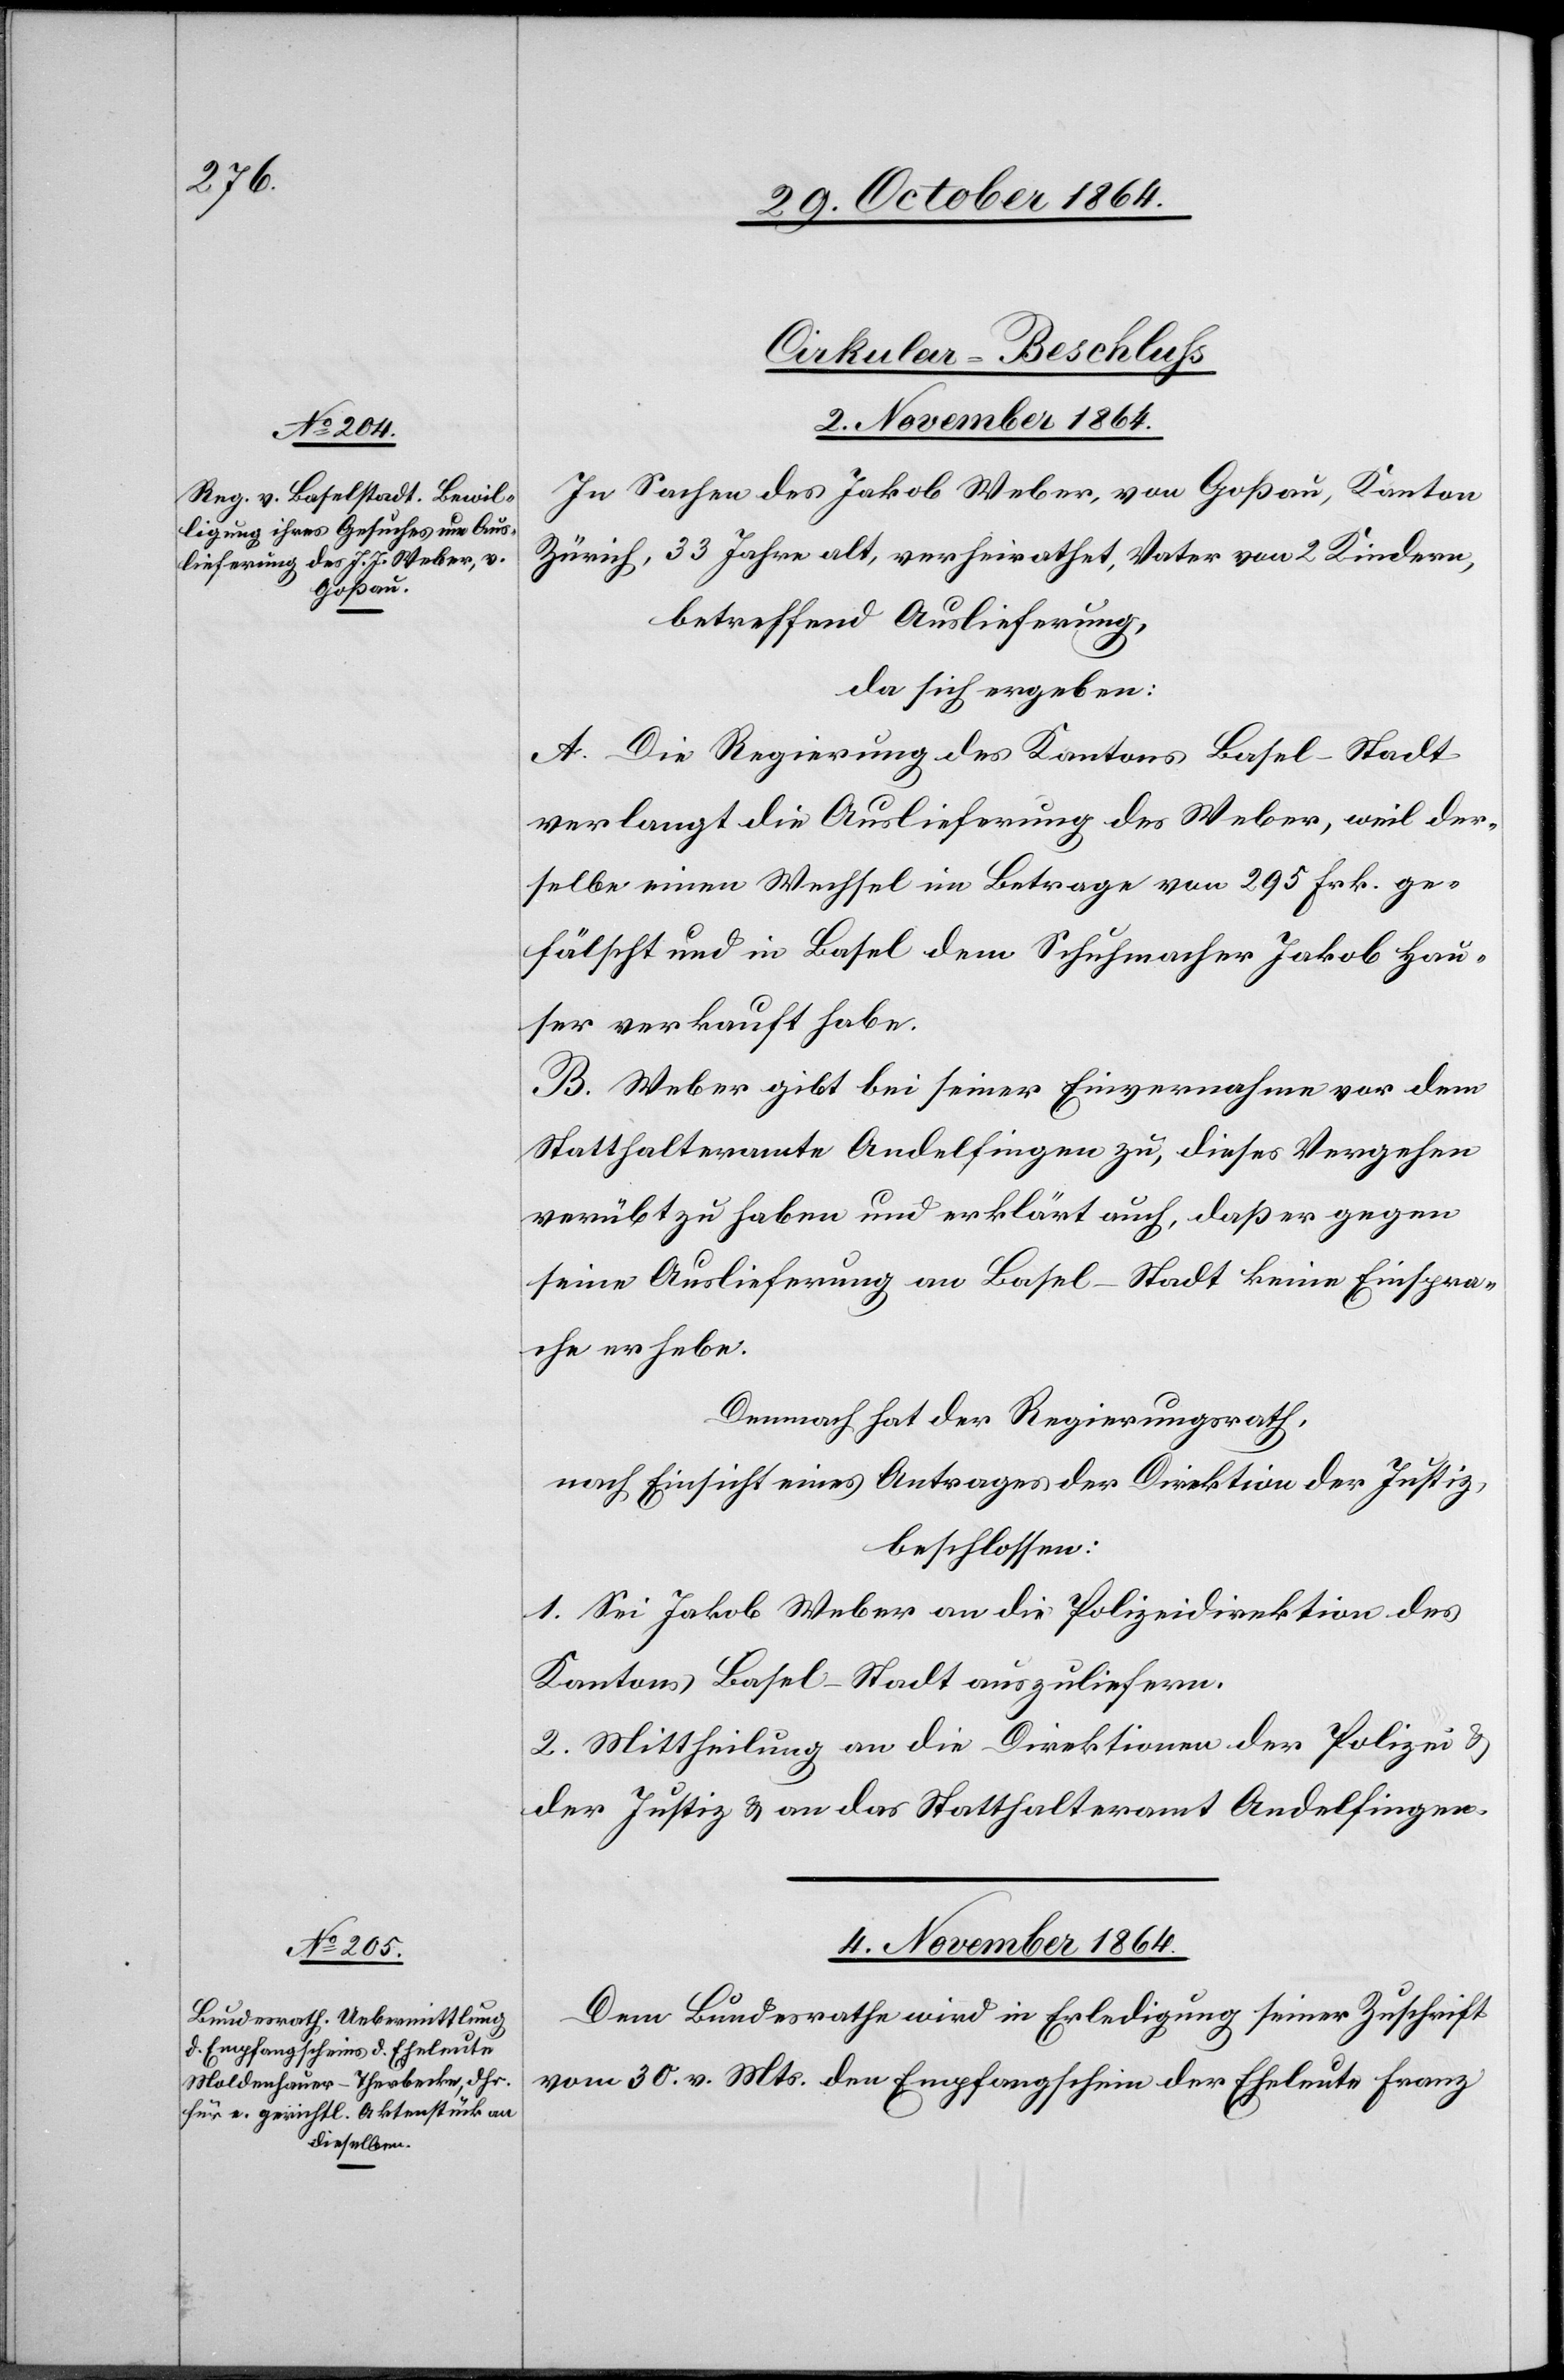
Cirkular-Beschluss
2. November 1864.
In Sachen des Jakob Weber, von Goßau, Kanton
Zürich, 33 Jahre alt, verheirathet, Vater von 2 Kindern,
betreffend Auslieferung,
da sich ergeben:
A. Die Regierung des Kantons Basel-Stadt
verlangt die Auslieferung des Weber, weil der¬
selbe einen Wechsel im Betrage von 295 Frk. ge¬
fälscht und in Basel dem Schuhmacher Jakob Hau¬
ser verkauft habe.
B. Weber gibt bei seiner Einvernahme vor dem
Statthalteramte Andelfingen zu, dieses Vergehen
verübt zu haben und erklärt auch, daß er gegen
seine Auslieferung an Basel-Stadt keine Einspra¬
che erhebe.
Demnach hat der Regierungsrath,
nach Einsicht eines Antrages der Direktion der Justiz,
beschlossen:
1. Sei Jakob Weber an die Polizeidirektion des
Kantons Basel-Stadt auszuliefern.
2. Mittheilung an die Direktionen der Polizei &
der Justiz & an das Statthalteramt Andelfingen.
4. November 1864.
Dem Bundesrathe wird in Erledigung seiner Zuschrift
vom 30. v. Mts. den Empfangschein der Eheleute Franz